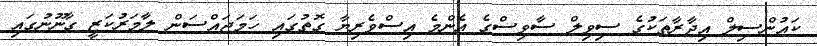
ކައުންސިލް އިދާރާތަކުގެ ސިވިލް ސާވިސްގެ އެންމެ އިސްވެރިޔާ ގޮތުގައި ހަމަޖައްސަން ލާމަރުކަޒީ ގާނޫނުގައި